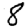
Digit: 8